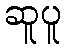
ဆူပူ